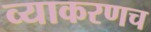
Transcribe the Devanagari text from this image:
व्याकरणच